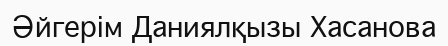
Әйгерім Даниялқызы Хасанова